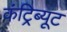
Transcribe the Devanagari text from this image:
कंट्रिब्यूट